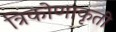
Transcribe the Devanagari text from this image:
त्रिकोणाकृती